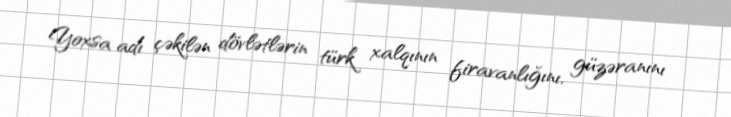
Yoxsa adı çəkilən dövlətlərin türk xalqının firavanlığını, güzəranını